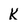
Character: K